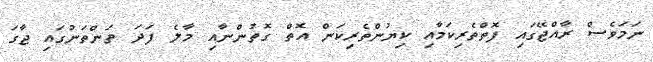
ނަމަވެސް ރާއްޖޭގައި ފޮތްތެރިކަމާއި ކިޔުންތެރިކަން އޮތް ގޮތުންނާއި މާލެ ފަދަ ތަންތަނުގައި ޖާގަ